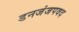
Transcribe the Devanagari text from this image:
डनजंजपवद